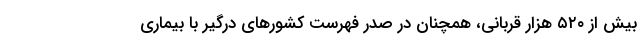
بیش از ۵۲۰ هزار قربانی، همچنان در صدر فهرست کشورهای درگیر با بیماری